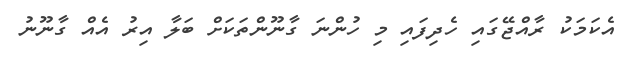
އެކަމަކު ރާއްޖޭގައި ހެދިފައި މި ހުންނަ ގާނޫންތަކަށް ބަލާ އިރު އެއް ގާނޫނު